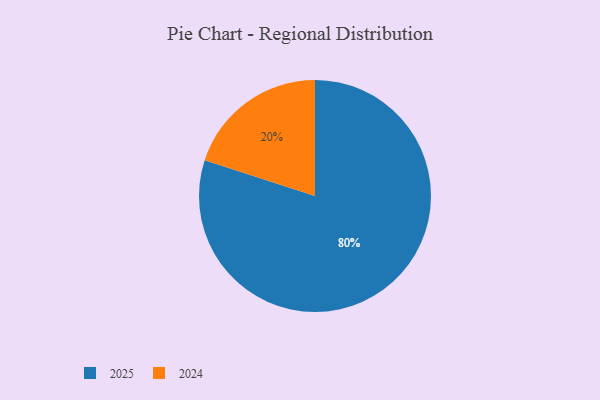
{"axis": {"x": "Category", "y": "Percentage"}, "legend": ["2024", "2025"], "data": [{"x": "2025", "y": 80, "type": "2025"}, {"x": "2024", "y": 20, "type": "2024"}]}